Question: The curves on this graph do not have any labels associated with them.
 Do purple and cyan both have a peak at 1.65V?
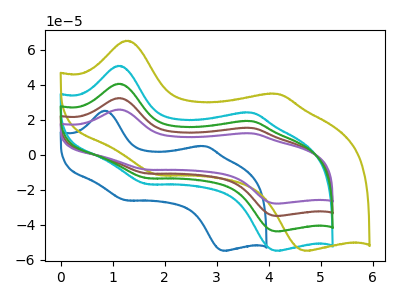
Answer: <think>The blue curve "blue" has anodic peaks at (0.85V, 25.15uA) (2.80V, 4.90uA) and cathodic peaks at (1.25V, -25.95uA) (3.15V, -54.80uA). The cyan curve "cyan" has anodic peaks at (1.10V, 50.85uA) (3.65V, 24.10uA) and cathodic peaks at (1.65V, -16.65uA) (4.15V, -54.80uA). The olive curve "olive" has anodic peaks at (1.25V, 65.15uA) (4.15V, 34.80uA) and cathodic peaks at (1.90V, -11.50uA) (4.70V, -54.80uA). The brown curve "brown" has anodic peaks at (1.10V, 81.15uA) (3.65V, 38.45uA) and cathodic peaks at (1.65V, -26.60uA) (4.15V, -87.50uA). The purple curve "purple" has anodic peaks at (1.10V, 121.75uA) (3.65V, 57.70uA) and cathodic peaks at (1.65V, -39.95uA) (4.15V, -131.25uA). The green curve "green" has anodic peaks at (1.10V, 40.60uA) (3.65V, 19.25uA) and cathodic peaks at (1.65V, -13.30uA) (4.15V, -43.75uA).</think>
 <answer>Yes, "purple" and "cyan" share a peak at 1.65V.</answer>
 <eval>match</eval>